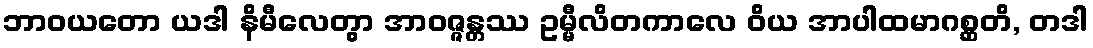
ဘာဝယတော ယဒါ နိမီလေတွာ အာဝဇ္ဇန္တဿ ဥမ္မီလိတကာလေ ဝိယ အာပါထမာဂစ္ဆတိ, တဒါ